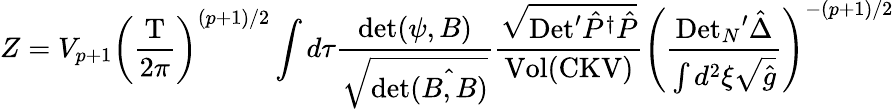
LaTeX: Z={V_{p+1}}{{\left({\frac{\mathrm{T}}{2\pi}}\right)}^{(p+1)/2}}\int d\tau{\frac{\mathrm{det}(\psi,B)}{\sqrt{\mathrm{det}\hat{(B,B)}}}}{\frac{\sqrt{\mathrm{Det}^{\prime}{\hat{P}^{\dagger}}\hat{P}}}{\mathrm{Vol}(\mathrm{CKV})}}{{\left({\frac{{\mathrm{Det}_{N}}^{\prime}\hat{\Delta}}{\int{d^{2}}\xi\sqrt{\hat{g}}}}\right)}^{-(p+1)/2}}